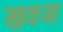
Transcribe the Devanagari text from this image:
खवजा